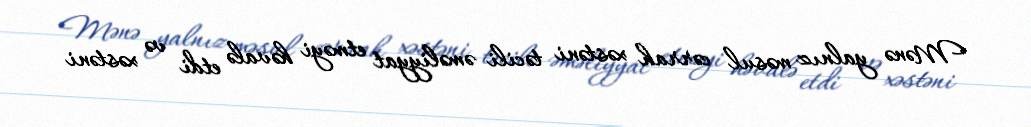
Mənə yalnız məsul cərrah xəstəni təcili əməliyyat etməyi həvalə etdi və xəstəni